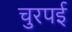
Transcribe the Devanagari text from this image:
चुरपई